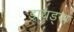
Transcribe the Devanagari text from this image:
ड्रायड्स